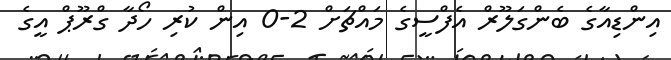
އިންޑިއާގެ ބެންގަލޫރް އެފްސީގެ މައްޗަށް 2-0 އިން ކުރި ހޯދާ ގްރޫޕް އީގެ